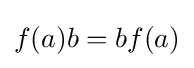
f(a)b=bf(a)